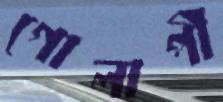
গোলাপী